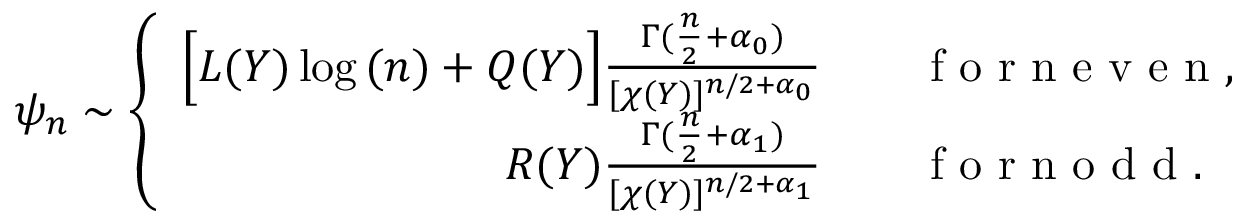
\psi _ { n } \sim \left\{ \begin{array} { r l } { \Big [ L ( Y ) \log { ( n ) } + Q ( Y ) \Big ] \frac { \Gamma ( \frac { n } { 2 } + \alpha _ { 0 } ) } { [ \chi ( Y ) ] ^ { n / 2 + \alpha _ { 0 } } } } & { { } \quad \mathrm { ~ f ~ o ~ r ~ n ~ e ~ v ~ e ~ n ~ } , } \\ { R ( Y ) \frac { \Gamma ( \frac { n } { 2 } + \alpha _ { 1 } ) } { [ \chi ( Y ) ] ^ { n / 2 + \alpha _ { 1 } } } } & { { } \quad \mathrm { ~ f ~ o ~ r ~ n ~ o ~ d ~ d ~ } . } \end{array} \right.